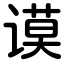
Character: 谟